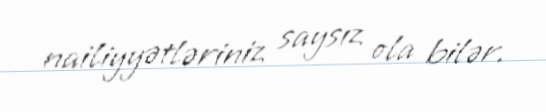
nailiyyətləriniz saysız ola bilər.